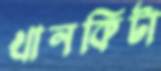
খানকিটা